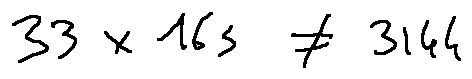
3 3 \times 1 6 3 \neq 3 1 4 4